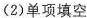
(2)单项填空